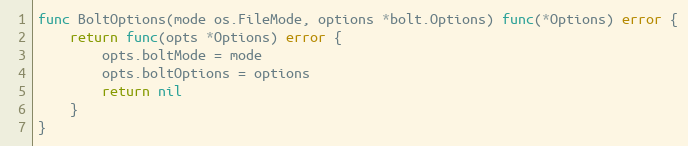
Language: Go
func BoltOptions(mode os.FileMode, options *bolt.Options) func(*Options) error {
	return func(opts *Options) error {
		opts.boltMode = mode
		opts.boltOptions = options
		return nil
	}
}